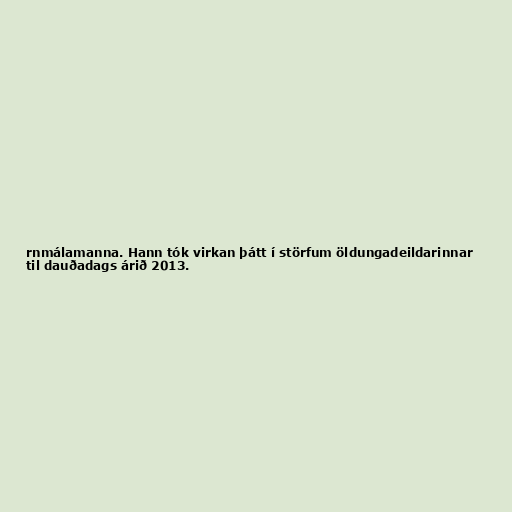
rnmálamanna. Hann tók virkan þátt í störfum öldungadeildarinnar
til dauðadags árið 2013.